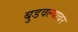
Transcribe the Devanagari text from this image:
बुडवल्यावर